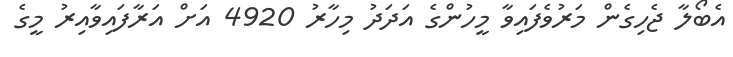
އެބޯލާ ޖެހިގެން މަރުވެފައިވާ މީހުންގެ އަދަދު މިހާރު 4920 އަށް އަރާފައިވާއިރު މީގެ